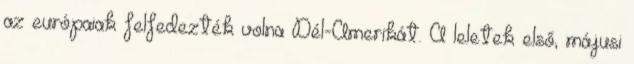
az európaiak felfedezték volna Dél-Amerikát. A leletek első, májusi